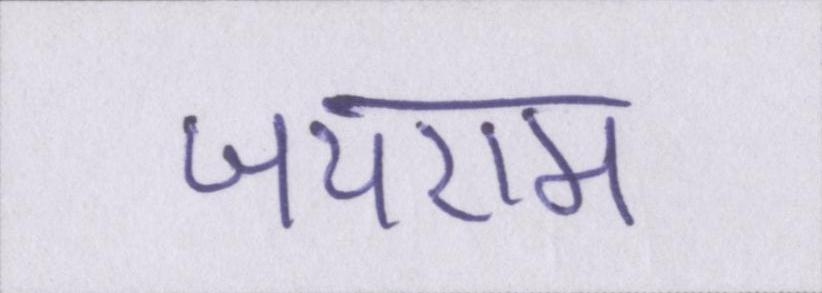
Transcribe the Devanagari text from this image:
जयराम